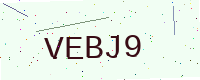
Text: VEBJ9